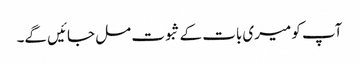
آپ کو میری بات کے ثبوت مل جائیں گے۔